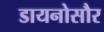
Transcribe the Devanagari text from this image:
डायनोसौर